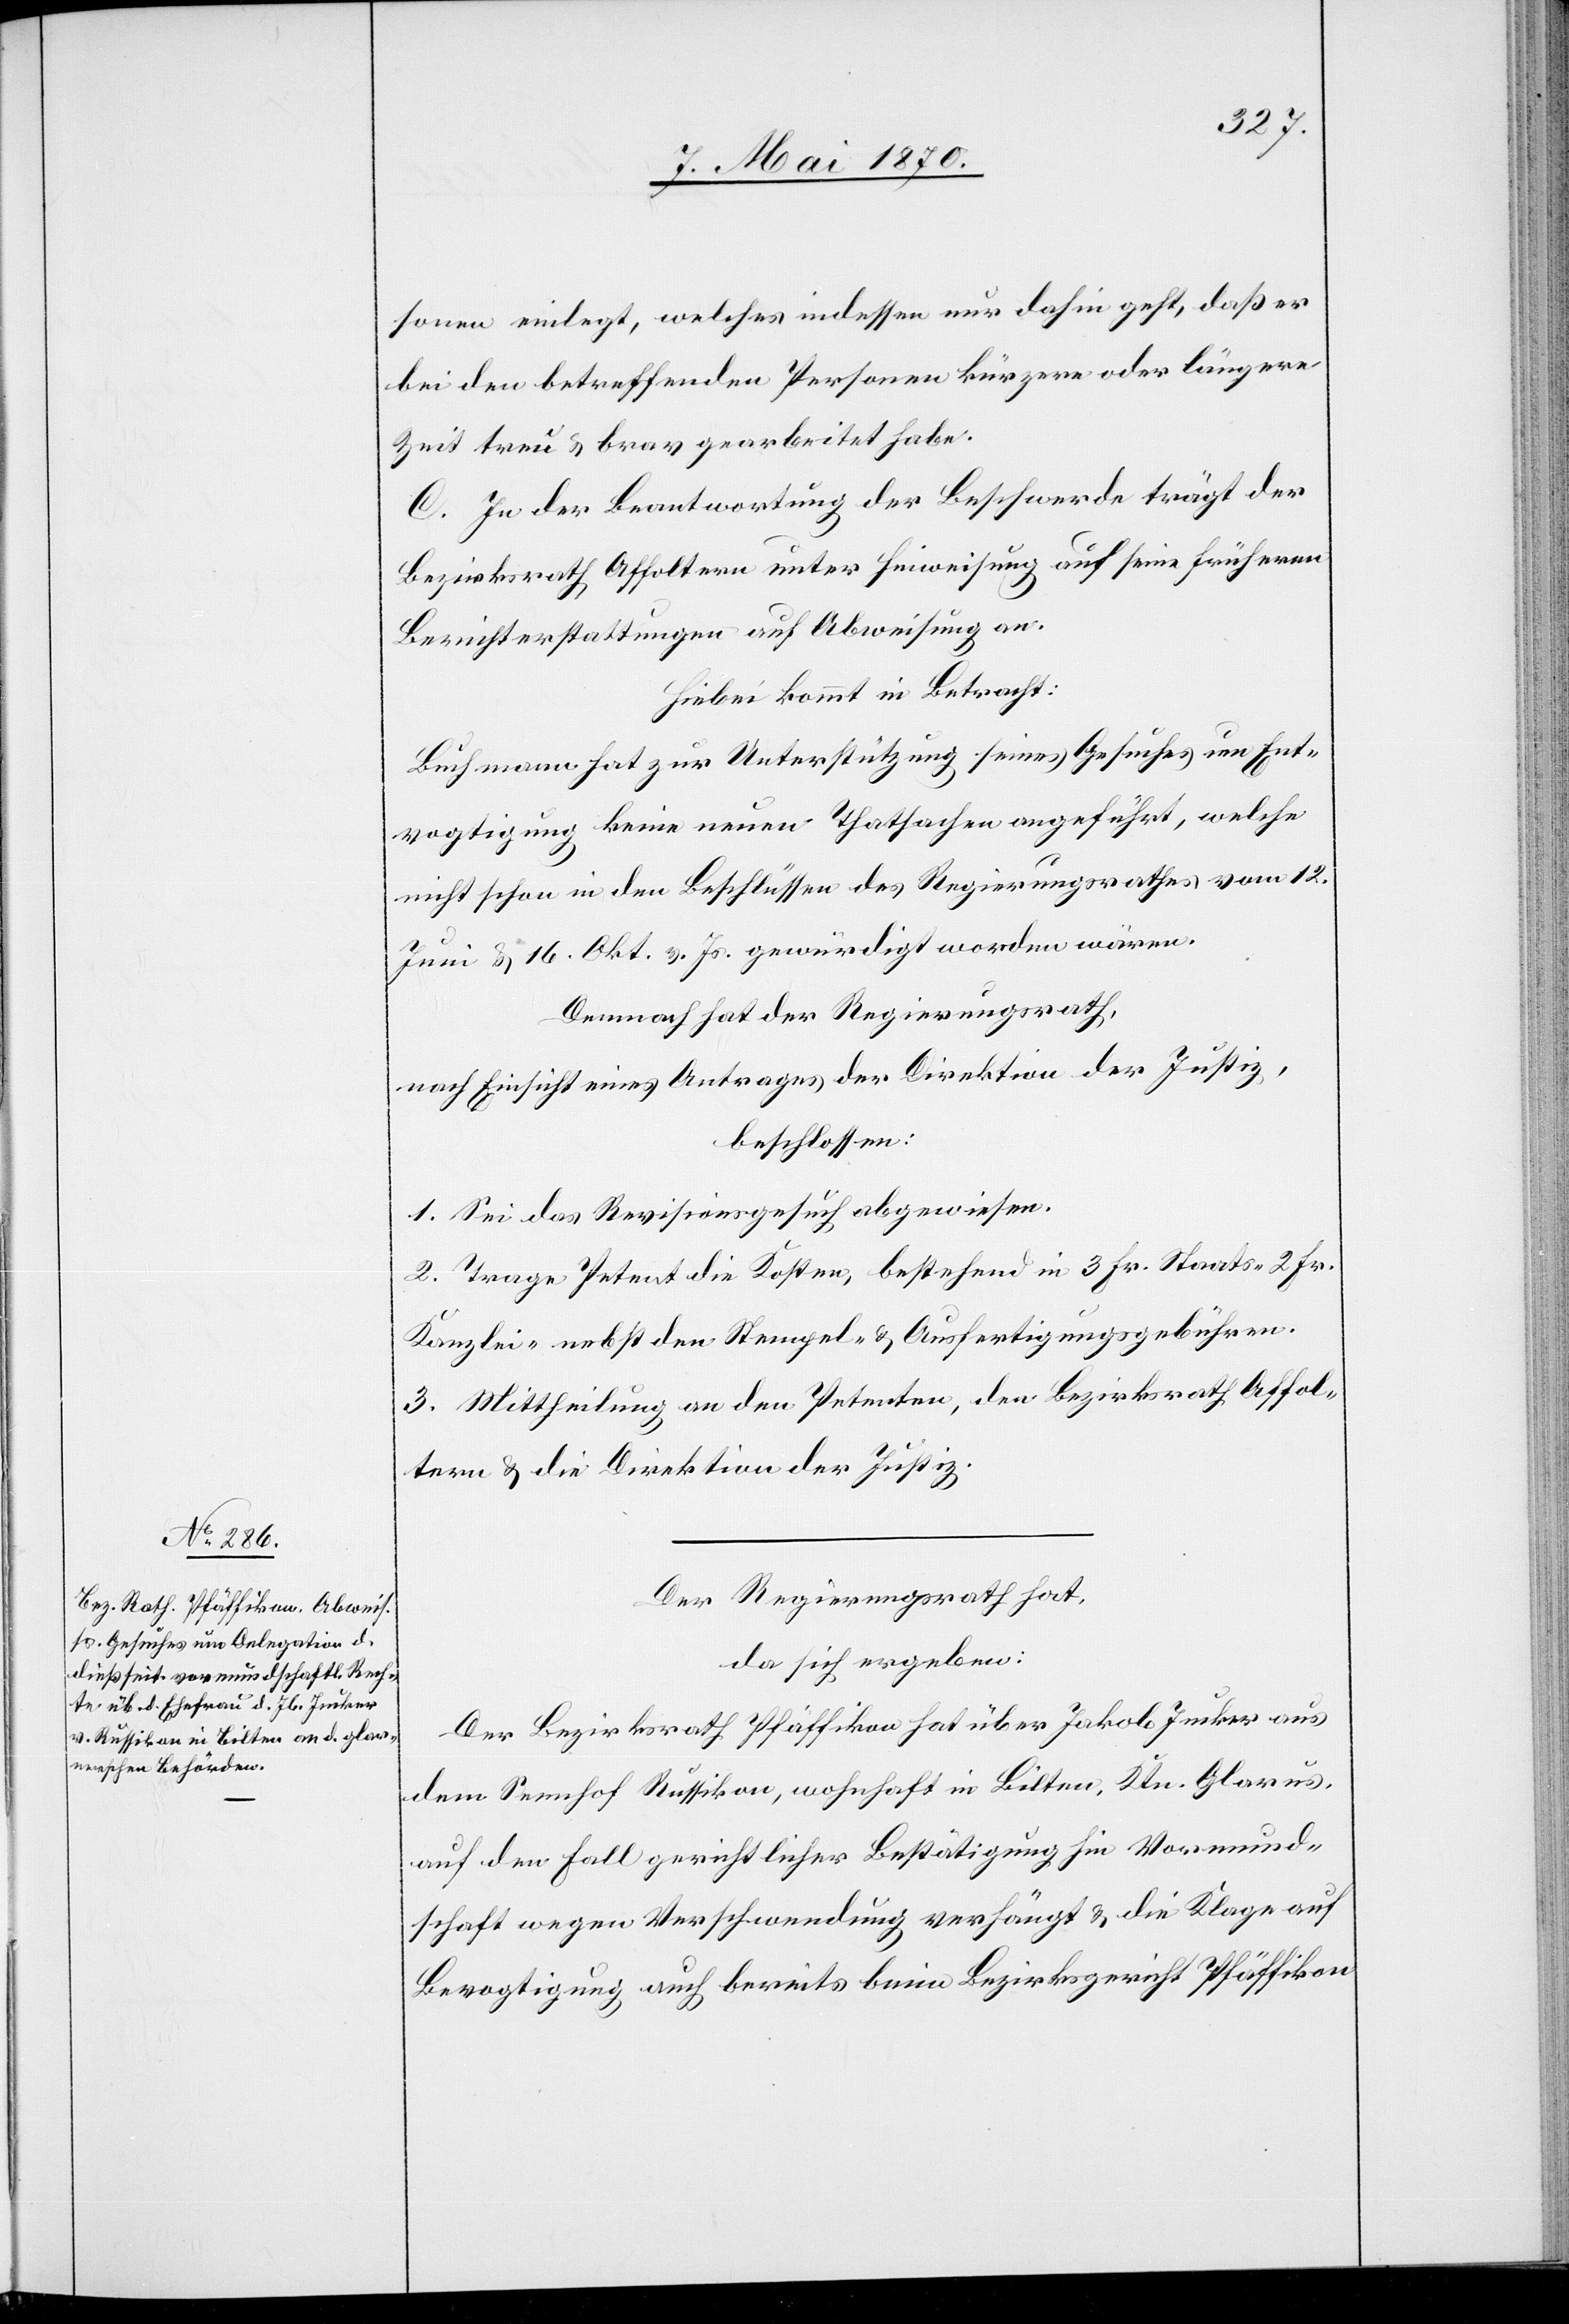
sonen einlegt, welches indessen nur dahin geht, daß er
bei den betreffenden Personen kürzere oder längere
Zeit treu & brav gearbeitet habe.
C. In der Beantwortung der Beschwerde trägt der
Bezirksrath Affoltern unter Hinweisung auf seine frühern
Berichterstattungen auf Abweisung an.
Hiebei kommt in Betracht:
Buchmann hat zur Unterstützung seines Gesuches um Ent¬
vogtigung keine neuen Thatsachen angeführt, welche
nicht schon in den Beschlüssen des Regierungsrathes vom 12.
Juni & 16. Okt. vor. Js. gewürdigt worden wären.
Demnach hat der Regierungsrath,
nach Einsicht eines Antrages der Direktion der Justiz,
beschlossen:
1. Sei das Revisionsgesuch abgewiesen.
2. Trage Petent die Kosten, bestehend in 3 Fr. Staats-[,] 2 Fr.
Kanzlei- nebst den Stempel- & Ausfertigungsgebühren.
3. Mittheilung an den Petenten, den Bezirksrath Affol¬
tern & die Direktion der Justiz.
Der Regierungsrath hat,
da sich ergeben:
Der Bezirksrath Pfäffikon hat über Jakob Jucker aus
dem Sennhof Russikon, wohnhaft in Bilten, Ktn. Glarus,
auf den Fall gerichtlicher Bestätigung hin Vormund¬
schaft wegen Verschwendung verhängt & die Klage auf
Bevogtigung auch bereits beim Bezirksgericht Pfäffikon